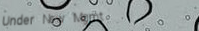
Under New Mgmt